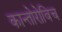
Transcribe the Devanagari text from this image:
कान्तोरोविच